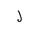
Letter: _lam